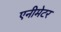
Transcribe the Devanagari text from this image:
एनीमेटर